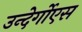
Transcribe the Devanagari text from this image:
उन्देर्गोएस